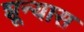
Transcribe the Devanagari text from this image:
शून्यास